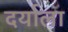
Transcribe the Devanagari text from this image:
दर्याला